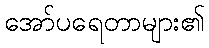
အော်ပရေတာများ၏